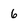
Character: 6